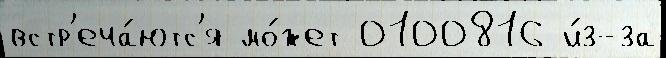
встр'еча́ютс'я мо́жет 0100816 и́з-за